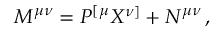
M ^ { \mu \nu } = P ^ { [ \mu } X ^ { \nu ] } + N ^ { \mu \nu } \, ,